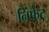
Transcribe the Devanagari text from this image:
निंफेट